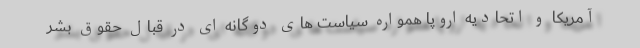
آمریکا و اتحادیه اروپا همواره سیاست های دوگانه ای در قبال حقوق بشر